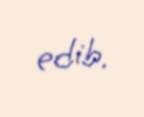
edib.